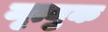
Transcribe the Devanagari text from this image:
मृत्युक